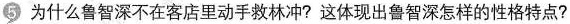
5 为什么鲁智深不在客店里动手救林冲？这体现出鲁智深怎样的性格特点？